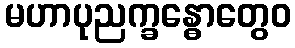
မဟာပုညက္ခန္ဓောတွေဝ